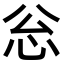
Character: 忩